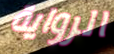
الرواية